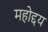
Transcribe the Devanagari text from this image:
महोद्दय